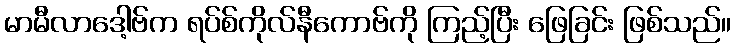
မာမီလာဒေါ့ဗ်က ရပ်စ်ကိုလ်နီကောဗ်ကို ကြည့်ပြီး ဖြေခြင်း ဖြစ်သည်။